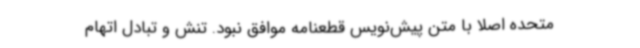
متحده اصلاً با متن پیش‌نویس قطعنامه موافق نبود. تنش و تبادل اتهام